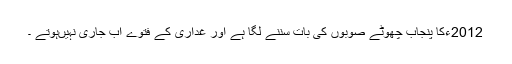
2012ءکا پنجاب چھوٹے صوبوں کی بات سننے لگا ہے اور غداری کے فتوے اب جاری نہیںہوتے ۔